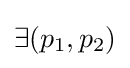
\exists (p_{1},p_{2})